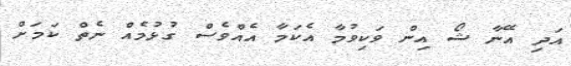
އަދި އޭނާ ޝޯ އިން ވަކިވުމާ އެކަމާ އެއްވެސް ގުޅުމެއް ނެތް ކަމަށް